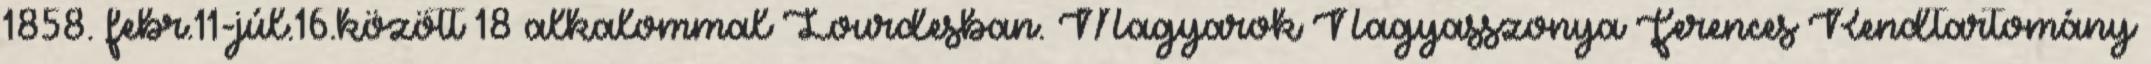
1858. febr.11-júl.16.között 18 alkalommal Lourdesban. Magyarok Nagyasszonya Ferences Rendtartomány